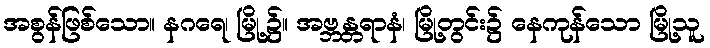
အစွန်ဖြစ်သော။ နဂရေ၊ မြို့၌။ အဗ္ဘန္တရာနံ၊ မြို့တွင်း၌ နေကုန်သော မြို့သူ